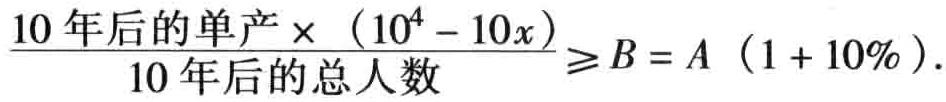
$\frac{10年后的单产\times(10^{4}-10x)}{10年后的总人数}\geqslant B = A(1 + 10\%).$